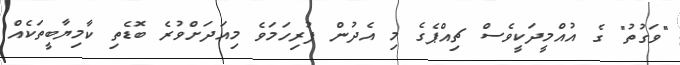
"ވަގުތު" ގެ އުއްމީދަކީވެސް ޗިއްޕެގެ މި އެދުން ފުރިހަމަވެ މިއަދަށްވުރެ ބޮޑެތި ކާމިޔާބީތަކެއް